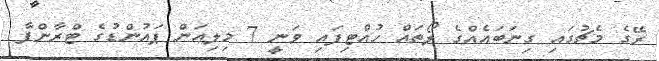
ރޭގެ މެޗުގައި ގިނަބައެއްގެ ލޯތައް ހުއްޓިފައި ވަނީ 7 މިލިއަން ޕައުންޑުގެ ޓްރާންފާ